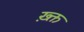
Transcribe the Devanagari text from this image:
ख़्क्त